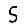
Digit: 5